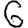
Digit: 6